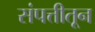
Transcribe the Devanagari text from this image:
संपत्तीतून